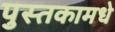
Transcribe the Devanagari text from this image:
पुस्तकामधे